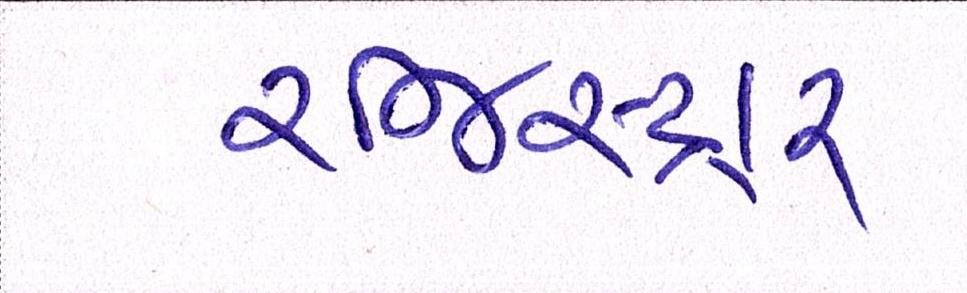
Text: રજિસ્ટ્રાર